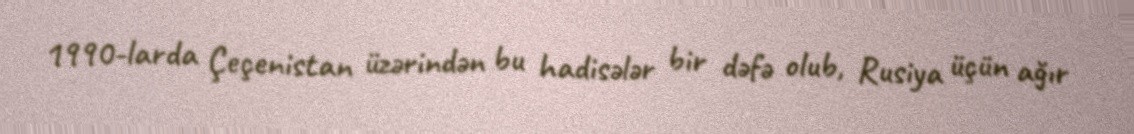
1990-larda Çeçenistan üzərindən bu hadisələr bir dəfə olub, Rusiya üçün ağır